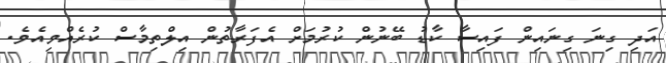
އަދި ގިނަ ގިނައިން ފައިސާ ކާޑު ބޭނުން ކުރުމަށް އެފަރާތުން އިލްތިމާސް ކުރެއްވިއެވެ.